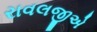
રાવલજીએ